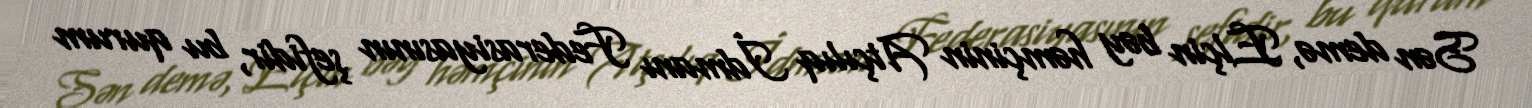
Sən demə, Elçin bəy həmçinin Atçılıq İdmanı Federasiyasının şefidir, bu qurum